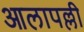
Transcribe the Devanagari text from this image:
आलापल्ली